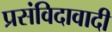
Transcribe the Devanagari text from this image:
प्रसंविदावादी